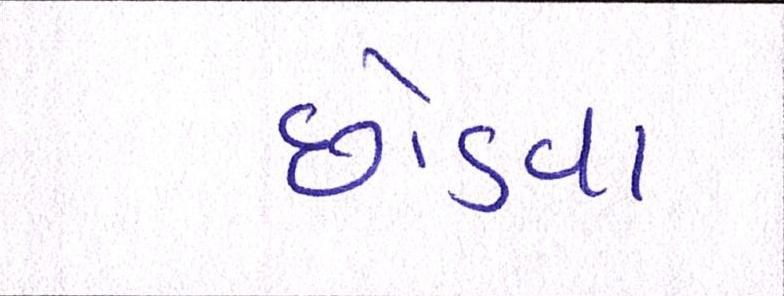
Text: છોડવા